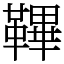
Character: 鞸